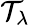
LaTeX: \mathcal{T}_{\lambda}